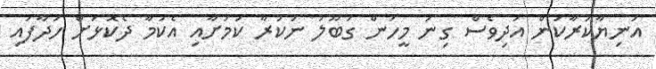
އަނިޔާކުރާކަން އަދިވެސް ގިނަ މީހުން ގަބޫލު ނުކުރާ ކަމަށާއި އެކަމާ ދެކޮޅަށް ހަދާފައި